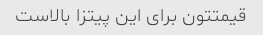
قیمتتون برای این پیتزا بالاست